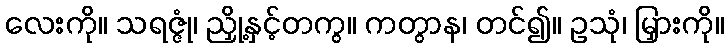
လေးကို။ သရဇ္ဇုံ၊ ညှို့နှင့်တကွ။ ကတွာန၊ တင်၍။ ဥသုံ၊ မြှားကို။